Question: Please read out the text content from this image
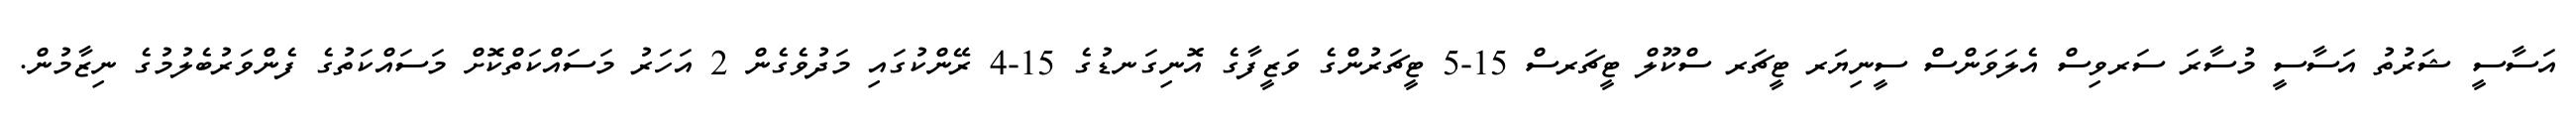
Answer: އަސާސީ ޝަރުތު އަސާސީ މުސާރަ ސަރވިސް އެލަވަންސް ސީނިޔަރ ޓީޗަރ ސްކޫލް ޓީޗަރސް 15-5 ޓީޗަރުންގެ ވަޒީފާގެ އޮނިގަނޑުގެ 15-4 ރޭންކުގައި މަދުވެގެން 2 އަހަރު މަސައްކަތްކޮށް މަސައްކަތުގެ ފެންވަރުބެލުމުގެ ނިޒާމުން.